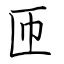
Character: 匝